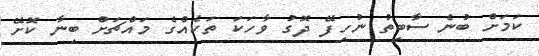
ކަމަށް ބުނެ ސާބިތު ނުހިފޭ ދޮގު ވާހަކަ ތަކެއްގެ މައްޗަށް ބިނާ ކޮށޭ